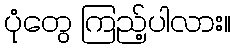
ပုံတွေ ကြည့်ပါလား။